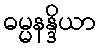
ဓမ္မနန္ဒိယာ